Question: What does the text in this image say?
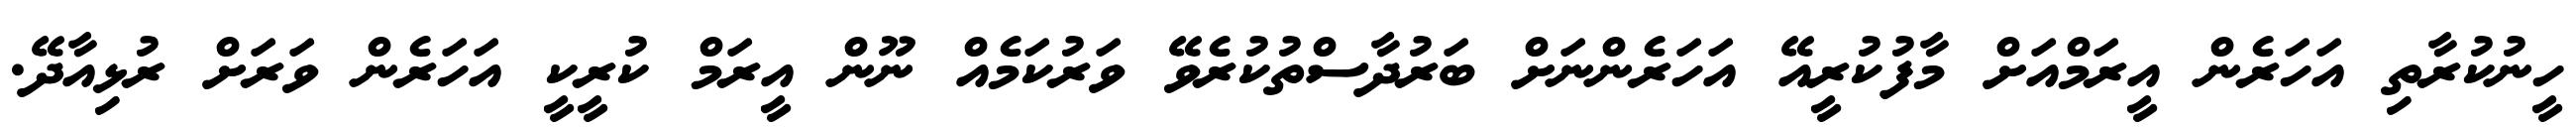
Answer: ހީނުކުރާތި އަހަރެން އީރަމްއަށް މާފުކުރީއޭ އަހަރެންނަށް ބަރުދާސްތުކުރެވޭ ވަރުކަމެއް ނޫން އީރަމް ކުރީކީ އަހަރެން ވަރަށް ރުޅިއާދޭ.